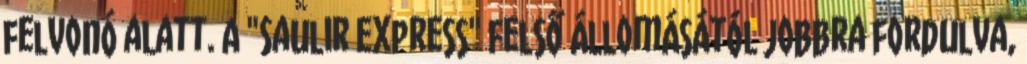
felvonó alatt. A "Saulir Express" felső állomásától jobbra fordulva,